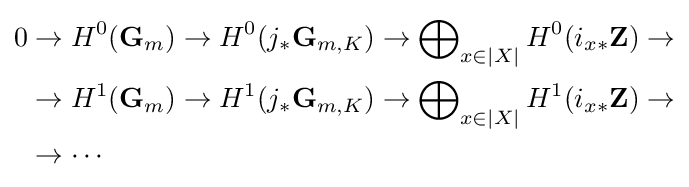
{\begin{aligned}0&\to H^{0}(\mathbf {G} _{m})\to H^{0}(j_{*}\mathbf {G} _{m,K})\to \bigoplus \nolimits _{x\in |X|}H^{0}(i_{x*}\mathbf {Z} )\to \\&\to H^{1}(\mathbf {G} _{m})\to H^{1}(j_{*}\mathbf {G} _{m,K})\to \bigoplus \nolimits _{x\in |X|}H^{1}(i_{x*}\mathbf {Z} )\to \\&\to \cdots \end{aligned}}